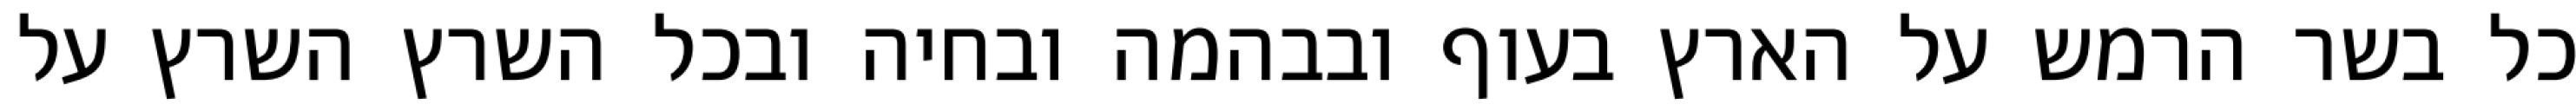
כל בשר הרמש על הארץ בעוף ובבהמה ובחיה ובכל השרץ השרץ על